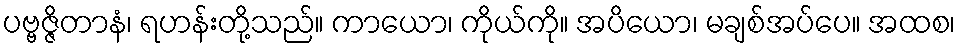
ပဗ္ဗဇ္ဇိတာနံ၊ ရဟန်းတို့သည်။ ကာယော၊ ကိုယ်ကို။ အပိယော၊ မချစ်အပ်ပေ။ အထစ၊